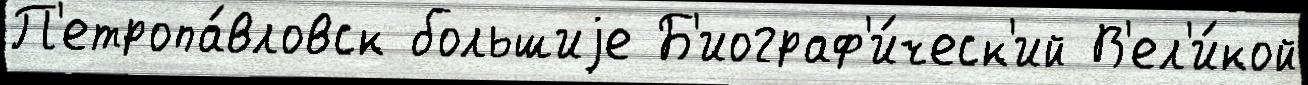
П'етропа́вловск большиjе Б'иограф'и́ческ'ий В'ел'и́кой